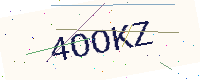
Text: 4OOKZ